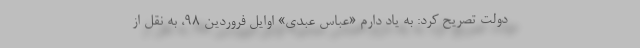
دولت تصریح کرد: به یاد دارم «عباس عبدی» اوایل فروردین ۹۸، به نقل از